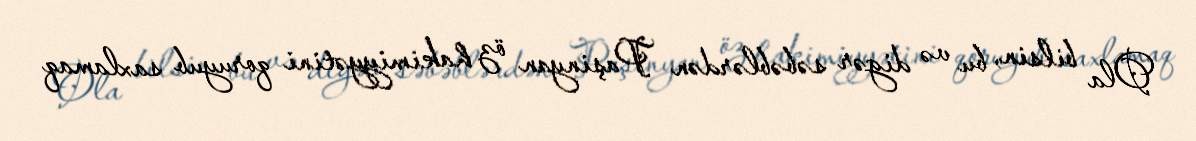
Ola bilsin, bu və digər səbəblərdən Paşinyan öz hakimiyyətini qoruyub saxlamaq